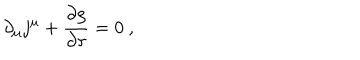
\partial _ { \mu } j ^ { \mu } + \frac { \partial \rho } { \partial \tau } = 0 \ ,